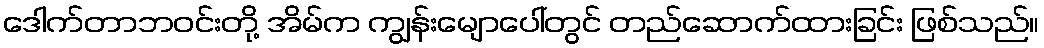
ဒေါက်တာဘဝင်းတို့ အိမ်က ကျွန်းမျောပေါ်တွင် တည်ဆောက်ထားခြင်း ဖြစ်သည်။